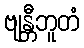
ဗျန္တီဘူတံ